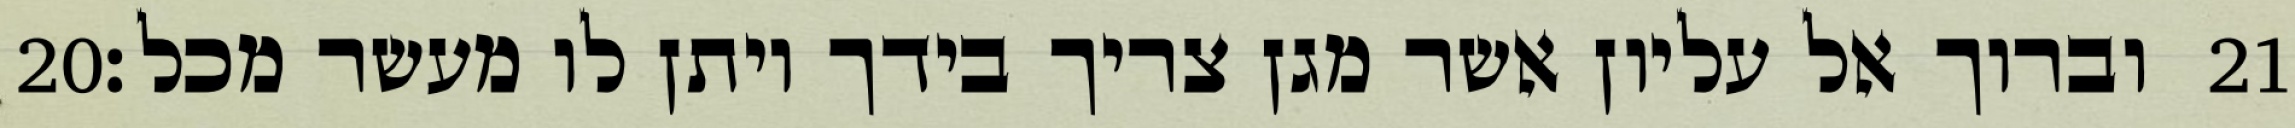
‎20‏ וברוך אל עליון אשר מגן צריך בידך ויתן לו מעשר מכל׃ ‎21‏